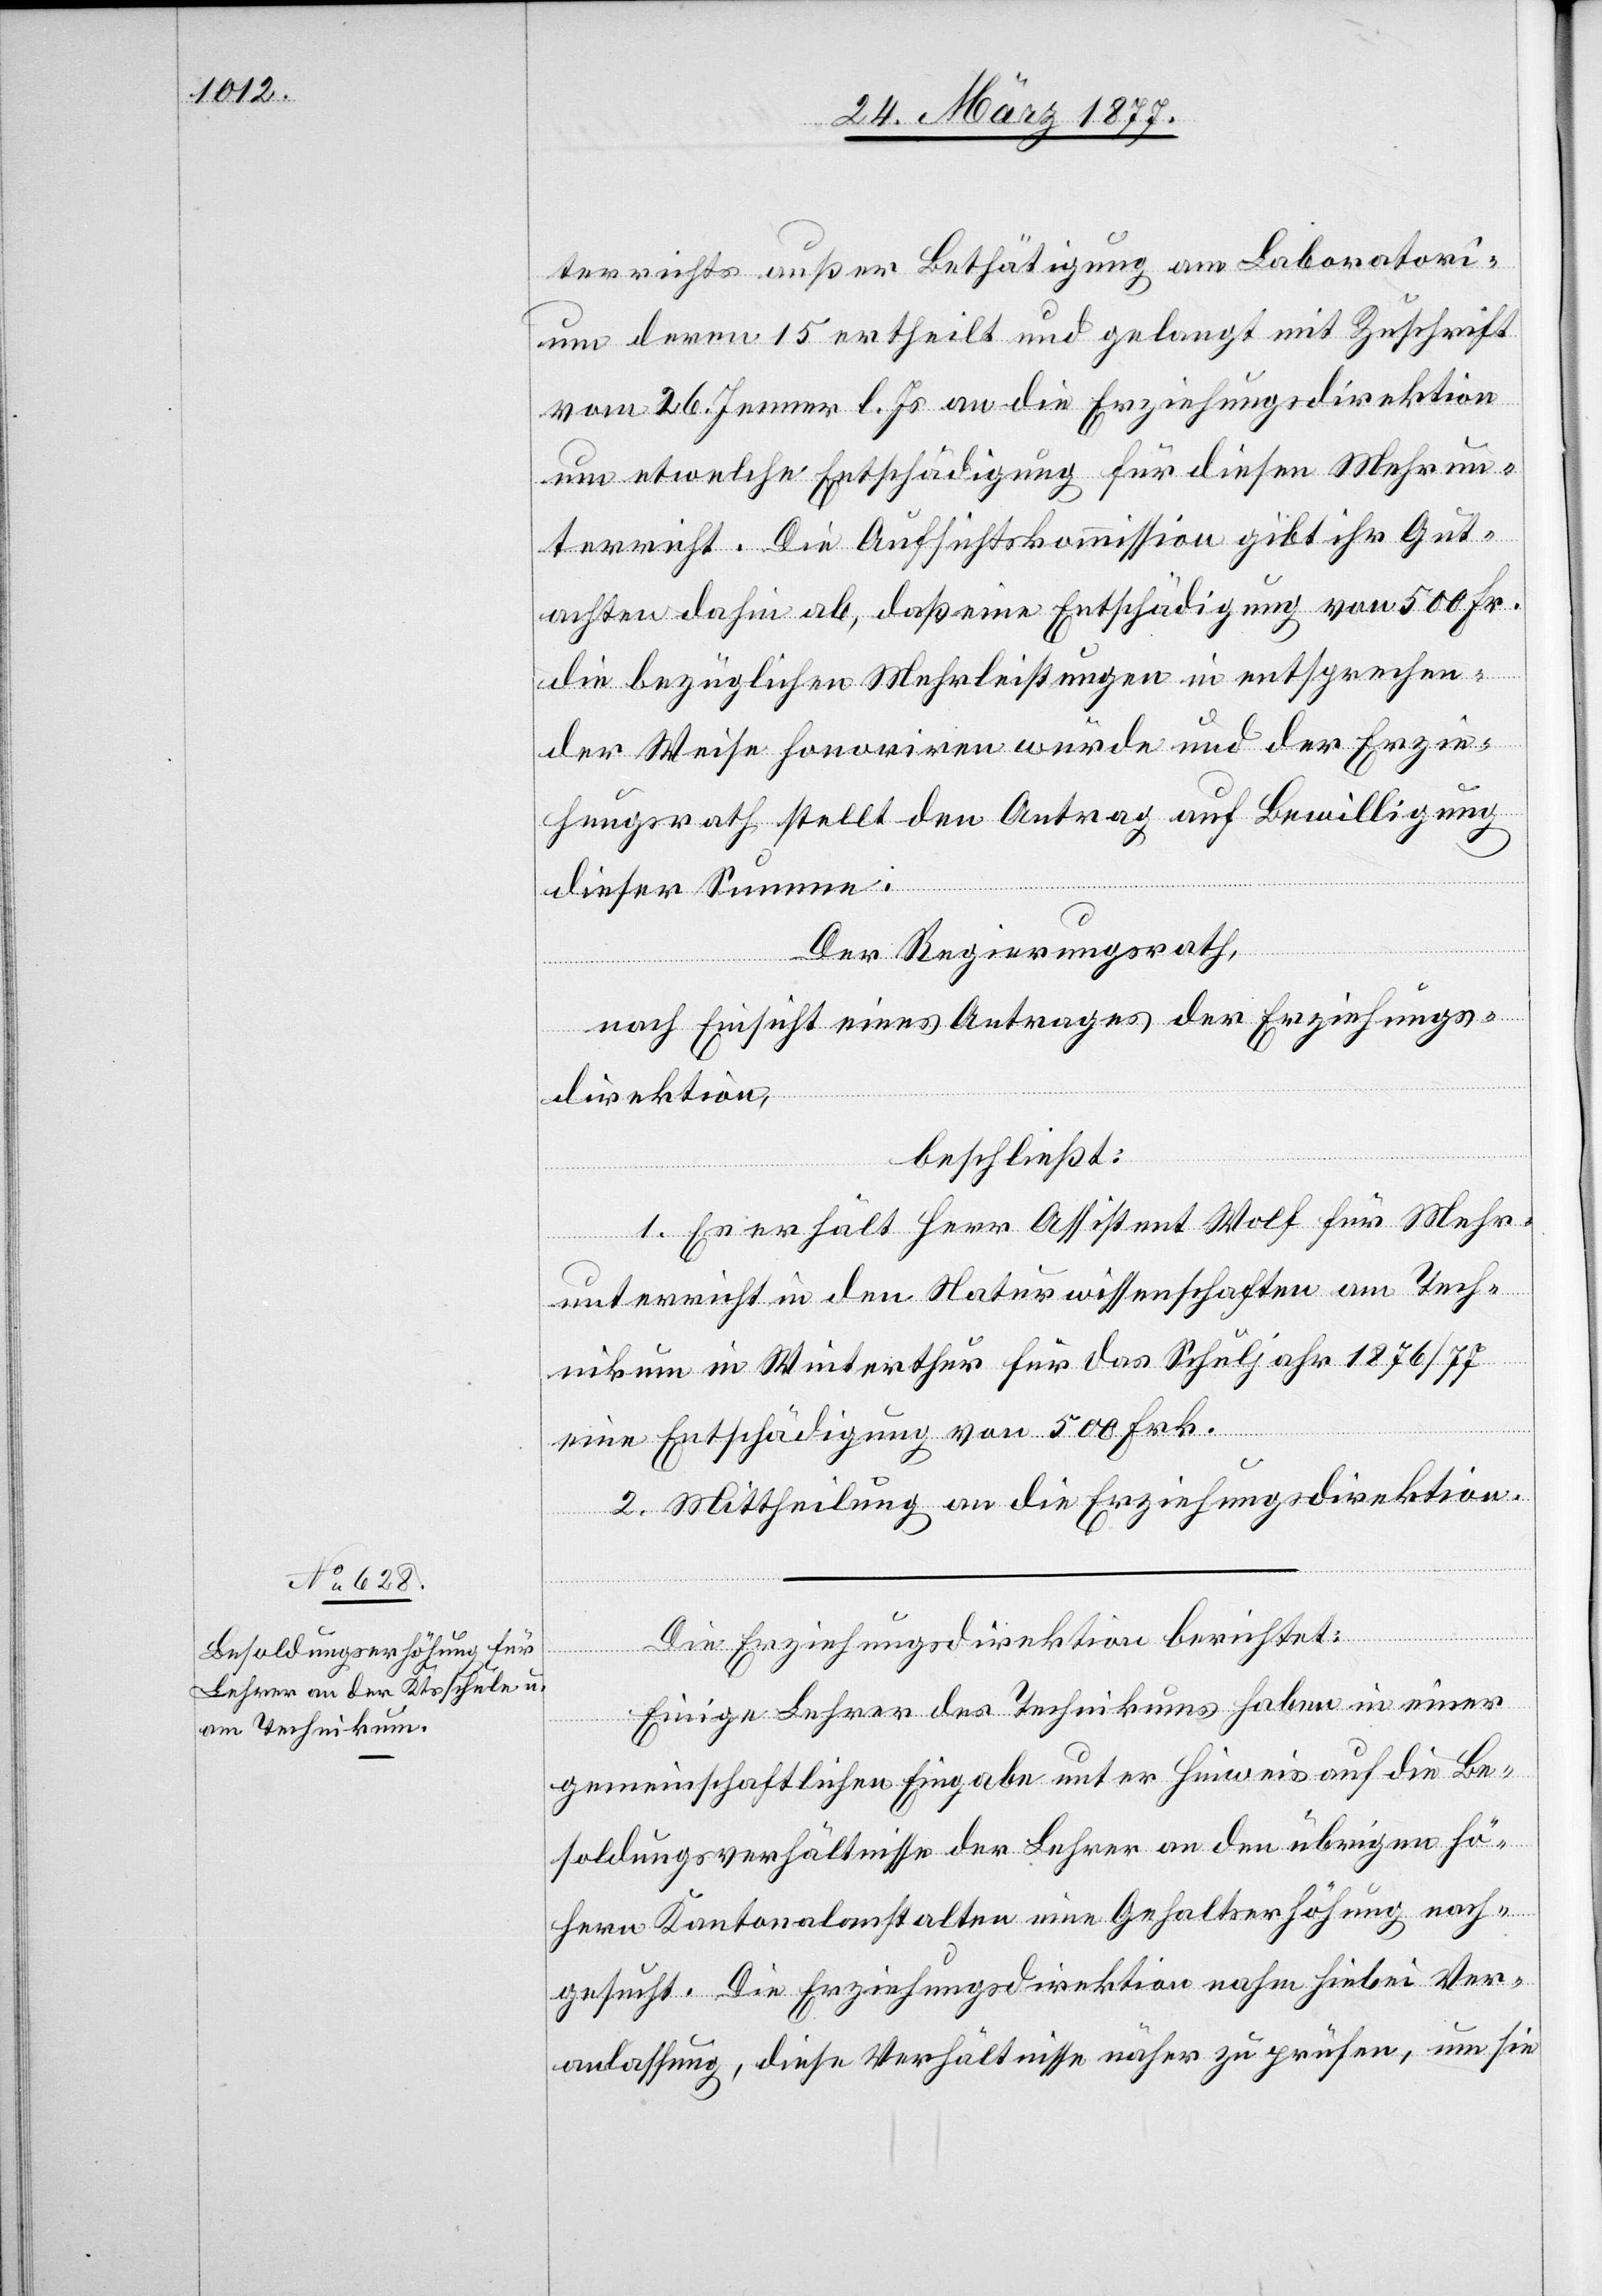
terrichts außer Bethätigung am Laboratori¬
um deren 15 ertheilt und gelangt mit Zuschrift
vom 26. Jenner l. Js. an die Erziehungsdirektion
um etwelche Entschädigung für diesen Mehrun¬
terricht. Die Aufsichtskommission gibt ihr Gut¬
achten dahin ab, daß eine Entschädigung von 500 Fr.
die bezüglichen Mehrleistungen in entsprechen¬
der Weise honoriren würde und der Erzie¬
hungsrath stellt den Antrag auf Bewilligung
dieser Summe.
Der Regierungsrath,
nach Einsicht eines Antrages der Erziehungs¬
direktion,
beschließt:
1. Es erhält Herr Assistent Wolf für Mehr¬
unterricht in den Naturwissenschaften am Tech¬
nikum in Winterthur für das Schuljahr 1876/77
eine Entschädigung von 500 Frk.
2. Mittheilung an die Erziehungsdirektion.
Die Erziehungsdirektion berichtet:
Einige Lehrer des Technikums haben in einer
gemeinschaftlichen Eingabe unter Hinweis auf die Be¬
soldungsverhältnisse der Lehrer an den übrigen hö¬
hern Kantonalanstalten eine Gehaltserhöhung nach¬
gesucht. Die Erziehungsdirektion nahm hiebei Ver¬
anlassung, diese Verhältnisse näher zu prüfen, um sie